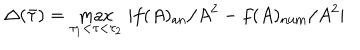
\Delta ( \bar { \tau } ) = \max _ { \tau _ { 1 } < \tau < \tau _ { 2 } } \, | f ( A ) _ { \mathrm { a n } } / A ^ { 2 } - f ( A ) _ { \mathrm { n u m } } / A ^ { 2 } |